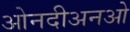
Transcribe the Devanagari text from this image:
ओनदीअनओ